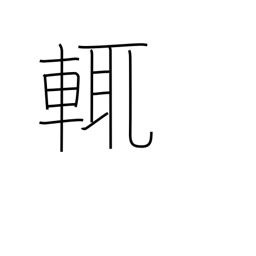
Meaning: i.e.